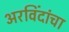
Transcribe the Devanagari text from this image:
अरविंदांचा